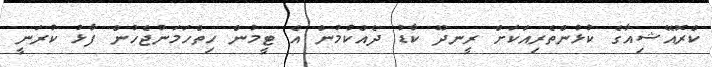
ކްރޮއޭޝިއާގެ ކުޅުންތެރިއަކަށް ރީނދޫ ކާޑު ދެއްކުމުން އެ ޓީމުން ހިތްހަމަނުޖެހުން ފާޅު ކުރަނީ